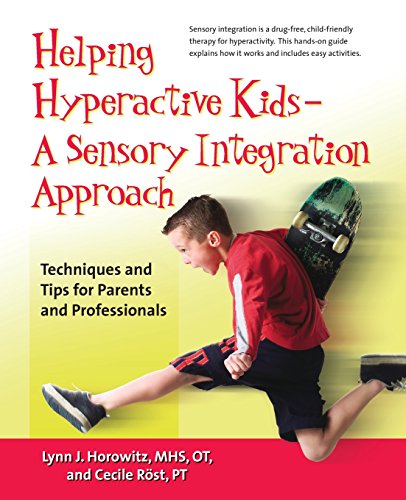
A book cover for Helping Hyperactive Kids EE A Sensory Integration Approach: Techniques and Tips for Parents and Professionals; Ms. Lynn J. Horowitz MHS  OT; Health, Fitness & Dieting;